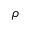
\rho